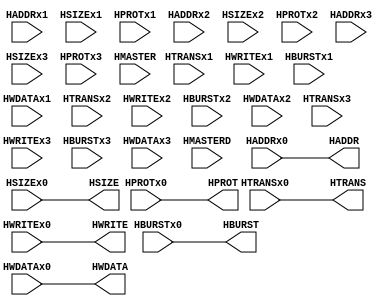
//AHB master-to-slave multiplexer

module mux_m2s (
    //Input pins
    //master0
    input wire [31:0] HADDRx0,
    input wire [1:0] HTRANSx0,
    input wire HWRITEx0,
    input wire [2:0] HSIZEx0,
    input wire [2:0] HBURSTx0,
    input wire [3:0] HPROTx0,
    input wire [31:0] HWDATAx0,
    //master1
    input wire [31:0] HADDRx1,
    input wire [1:0] HTRANSx1,
    input wire HWRITEx1,
    input wire [2:0] HSIZEx1,
    input wire [2:0] HBURSTx1,
    input wire [3:0] HPROTx1,
    input wire [31:0] HWDATAx1,
    //master2
    input wire [31:0] HADDRx2,
    input wire [1:0] HTRANSx2,
    input wire HWRITEx2,
    input wire [2:0] HSIZEx2,
    input wire [2:0] HBURSTx2,
    input wire [3:0] HPROTx2,
    input wire [31:0] HWDATAx2,
    //master3
    input wire [31:0] HADDRx3,
    input wire [1:0] HTRANSx3,
    input wire HWRITEx3,
    input wire [2:0] HSIZEx3,
    input wire [2:0] HBURSTx3,
    input wire [3:0] HPROTx3,
    input wire [31:0] HWDATAx3,

    //Select signals
    input wire [3:0] HMASTER,
    input wire [3:0] HMASTERD,

    //Output pins
    output reg [31:0] HADDR,
    output reg [1:0] HTRANS,
    output reg HWRITE,
    output reg [2:0] HSIZE,
    output reg [2:0] HBURST,
    output reg [3:0] HPROT,
    output reg [31:0] HWDATA
);

parameter HMASTER_M0 = 0;
parameter HMASTER_M1 = 0;
parameter HMASTER_M2 = 0;
parameter HMASTER_M3 = 0;

always @* begin
    case(HMASTER)
    HMASTER_M0: begin
    HADDR = HADDRx0;
    HTRANS = HTRANSx0;
    HWRITE = HWRITEx0;
    HSIZE = HSIZEx0;
    HBURST = HBURSTx0;
    HPROT = HPROTx0;
    HWDATA = HWDATAx0;
    end
    HMASTER_M1: begin
    HADDR = HADDRx1;
    HTRANS = HTRANSx1;
    HWRITE = HWRITEx1;
    HSIZE = HSIZEx1;
    HBURST = HBURSTx1;
    HPROT = HPROTx1;
    HWDATA = HWDATAx1;
    end
    HMASTER_M0: begin
    HADDR = HADDRx2;
    HTRANS = HTRANSx2;
    HWRITE = HWRITEx2;
    HSIZE = HSIZEx2;
    HBURST = HBURSTx2;
    HPROT = HPROTx2;
    HWDATA = HWDATAx2;
    end
    HMASTER_M0: begin
    HADDR = HADDRx3;
    HTRANS = HTRANSx3;
    HWRITE = HWRITEx3;
    HSIZE = HSIZEx3;
    HBURST = HBURSTx3;
    HPROT = HPROTx3;
    HWDATA = HWDATAx3;
    end
    default : begin
    HADDR = HADDRx0;
    HTRANS = HTRANSx0;
    HWRITE = HWRITEx0;
    HSIZE = HSIZEx0;
    HBURST = HBURSTx0;
    HPROT = HPROTx0;
    HWDATA = HWDATAx0;
    end
    endcase
end
    
endmodule